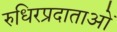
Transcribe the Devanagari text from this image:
रुधिरप्रदाताओं